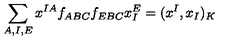
\sum _ { A , I , E } x ^ { I A } f _ { A B C } f _ { E B C } x _ { I } ^ { E } = ( x ^ { I } , x _ { I } ) _ { K }